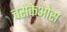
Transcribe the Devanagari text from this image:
चसेकेओस